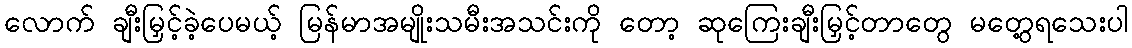
လောက် ချီးမြှင့်ခဲ့ပေမယ့် မြန်မာအမျိုးသမီးအသင်းကို တော့ ဆုကြေးချီးမြှင့်တာတွေ မတွေ့ရသေးပါ